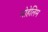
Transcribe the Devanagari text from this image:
मोहेलिम